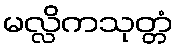
မလ္လိကသုတ္တံ